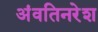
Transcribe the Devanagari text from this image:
अंवतिनरेश